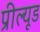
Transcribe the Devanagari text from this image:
प्रील्यूड